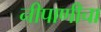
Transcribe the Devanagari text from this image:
नीपाणीचा